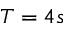
T = 4 s